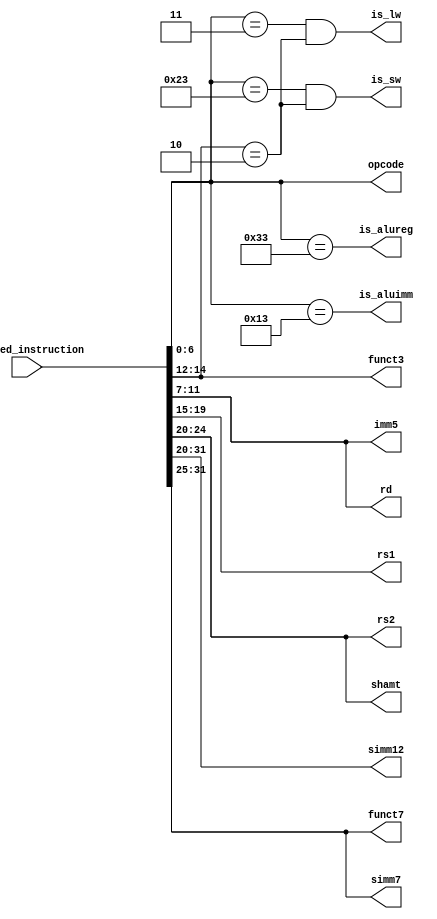
// Copyright (c) Stanford University
//
// This source code is patent protected and being made available under the
// terms explained in the LICENSE file in this directory.

// decoder for RISCV
// only supports a subset of R,I,S type instructions see riscv-spec-v2.1.pdf
// used along with strict input constraints to ifu_qed_instruction (specified for the formal tool)

module qed_decoder (/*AUTOARG*/
   // Outputs
   is_lw, is_sw,is_aluimm,is_alureg, rd, rs1, rs2, opcode, simm12, funct3, funct7,
   imm5,simm7, shamt,
   // Inputs
   ifu_qed_instruction
   );

                         
//   input [32:0]  ifu_qed_instruction; // instruction
   input  [31:0] ifu_qed_instruction;
   wire   [31:0] instruction;
   assign instruction = ifu_qed_instruction;
   
   output [4:0]  rd;
   output [4:0]  rs1;
   output [4:0]  rs2;
   output [6:0]  opcode;
   output [11:0] simm12;  // signed imm for I type or instructions using rd, rs1 only like LW 
   output [2:0] funct3;
   output [6:0] funct7;
   output [4:0] imm5;  // lower order imm bits for S type instruction
   output [6:0] simm7; // higher order bits (including sign bits) of imm operand for S type instruction
   output [4:0] shamt; // shift amount for immediate shift operations
   
  	
   // determine which format to use
   output 	is_lw;
   output 	is_sw;
   output 	is_aluimm;
   output 	is_alureg; // includes mult instructions

   // wire 	 LW;
   // wire 	 SW;

   // wire 	 ADD;      
   // wire 	 AND;      
   // wire 	 OR;      
   // wire 	 XOR;      
   // wire 	 SUB;      
   // wire 	 ADDI;     
   // wire 	 MUL;     
   // wire 	 MULH;     
   // wire 	 MULHU;     

   // op, for all formats
   assign opcode = instruction[6:0];
   assign rd = instruction[11:7];
   assign rs1 = instruction[19:15];
   assign rs2 = instruction[24:20];
   assign simm12 = instruction[31:20];
   assign simm7 = instruction[31:25];
   assign imm5 = instruction[11:7];
   assign shamt = instruction[24:20];
   assign funct3 = instruction[14:12];
   assign funct7 = instruction[31:25];

   // these constraints taken from riscv-spec-v2.1.pdf (pg. 54)
   assign is_lw = (opcode == 7'b0000011) && (funct3 == 3'b010);
   assign is_sw = (opcode == 7'b0100011) && (funct3 == 3'b010);
   assign is_alureg = (opcode == 7'b0110011);
   assign is_aluimm = (opcode == 7'b0010011);
        
endmodule // qed_decoder